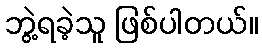
ဘွဲ့ရခဲ့သူ ဖြစ်ပါတယ်။